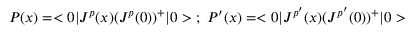
P ( x ) = < 0 | J ^ { p } ( x ) ( J ^ { p } ( 0 ) ) ^ { + } | 0 > \; ; \; P ^ { \prime } ( x ) = < 0 | J ^ { p ^ { \prime } } ( x ) ( J ^ { p ^ { \prime } } ( 0 ) ) ^ { + } | 0 >